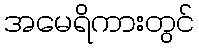
အမေရိကားတွင်